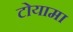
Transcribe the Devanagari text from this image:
टोयामा